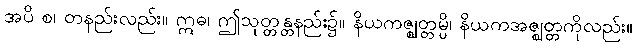
အပိ စ၊ တနည်းလည်း။ ဣဓ၊ ဤသုတ္တန္တနည်း၌။ နိယကဇ္ဈတ္တမ္ပိ၊ နိယကအဇ္ဈတ္တကိုလည်း။